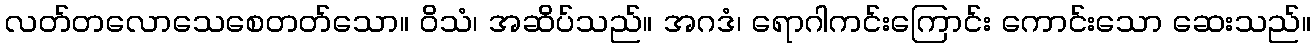
လတ်တလောသေစေတတ်သော။ ဝိသံ၊ အဆိပ်သည်။ အဂဒံ၊ ရောဂါကင်းကြောင်း ကောင်းသော ဆေးသည်။